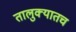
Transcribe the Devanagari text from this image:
तालुक्यातच